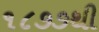
૧૮૭૭થી